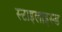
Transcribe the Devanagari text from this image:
स्टाइलाइस्ड